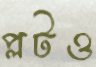
প্লটও